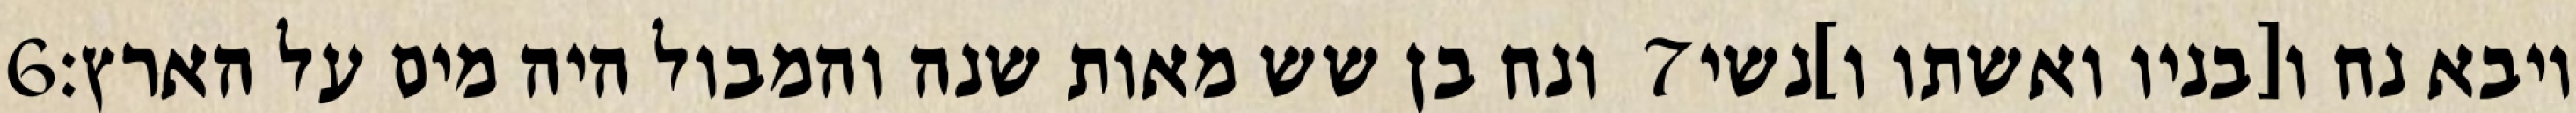
‎6‏ ונח בן שש מאות שנה והמבול היה מים על הארץ׃ ‎7‏ ויבא נח ו[בניו ואשתו ו]נשי